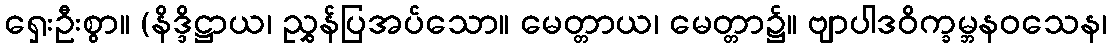
ရှေးဦးစွာ။ (နိဒ္ဒိဋ္ဌာယ၊ ညွှန်ပြအပ်သော။ မေတ္တာယ၊ မေတ္တာ၌။ ဗျာပါဒဝိက္ခမ္ဘနဝသေန၊